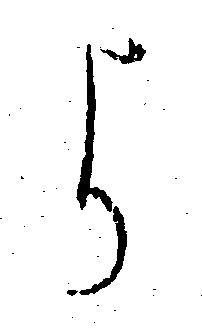
よ